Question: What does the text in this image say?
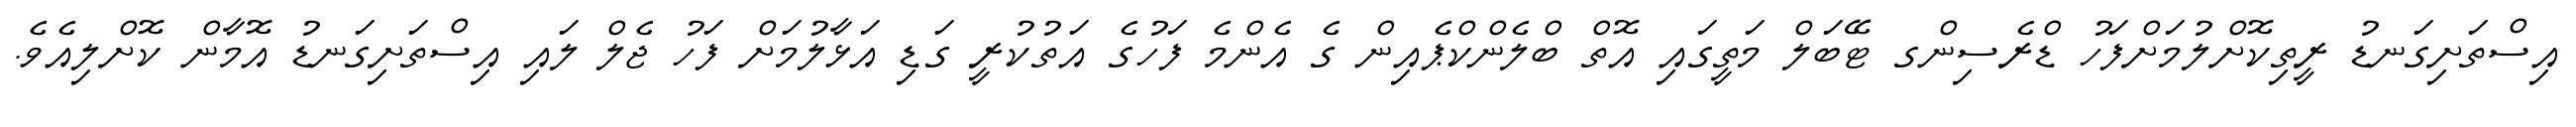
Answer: އިސްތަށިގަނޑު ރީތިކޮށްލުމަށްފަހު ޑްރެސިންގ ޓޭބަލް މަތީގައި އޮތް ބްލެންކްޕެއިން ގެ އެންމެ ފަހުގެ އަތުކުރީ ގަޑި އަޅާލުމަށް ފަހު ޖެލް ލައި އިސްތަށިގަނޑު އޮމާން ކޮށްލިއެވެ.